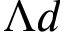
\Lambda d